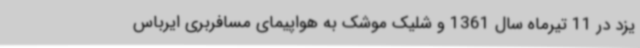
یزد در 11 تیرماه سال 1361 و شلیک موشک به هواپیمای مسافربری ایرباس